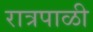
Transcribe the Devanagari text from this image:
रात्रपाळी